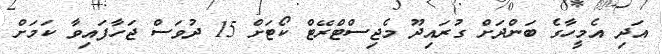
އަދި އެމީހާގެ ބަންދަށް ގުރައިދޫ މެޖިސްޓްރޭޓް ކޯޓަށް 15 ދުވަސް ޖަހާފައިވާ ކަމަށް